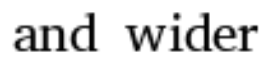
and wider